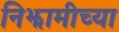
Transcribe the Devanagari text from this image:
निझामीच्या